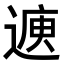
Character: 𮞳